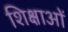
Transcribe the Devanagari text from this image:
शिक्षाआें